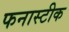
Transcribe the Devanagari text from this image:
फनास्टीक